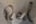
Text: Red